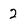
Character: 2